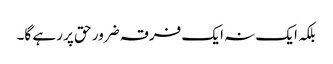
بلکہ ایک نہ ایک فرقہ ضرور حق پر رہے گا۔